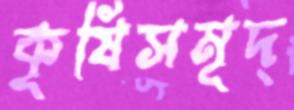
কৃষিসমৃদ্